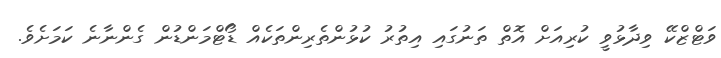
ވަޓްޒްކޭ ވިދާޅުވީ ކުރިއަށް އޮތް ތަނުގައި އިތުރު ކުޅުންތެރިންތަކެއް ޑޯޓްމަންޑުން ގެންނާނެ ކަމަށެވެ.